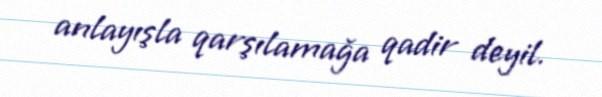
anlayışla qarşılamağa qadir deyil.